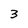
Character: 3